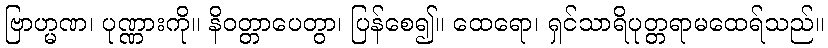
ဗြာဟ္မဏ၊ ပုဏ္ဏားကို။ နိဝတ္တာပေတွာ၊ ပြန်စေ၍။ ထေရော၊ ရှင်သာရိပုတ္တရာမထေရ်သည်။